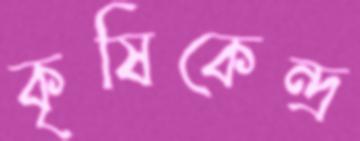
কৃষিকেন্দ্র